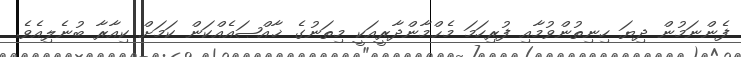
ފެންނަމުން ދިޔަ ހިނިތުންވުމާއި ފުރިހަމަ މެޙްމާންދާރީއަކީ މިތަނުގެ ޚާއްޞައެއްކަން ކަމަށް ކިއާރާ ބުނެލިއެވެ.